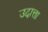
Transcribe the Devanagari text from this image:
उदात्ता